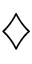
\diamondsuit